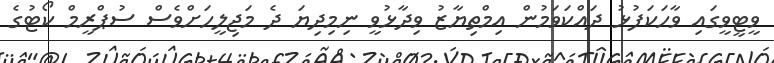
ވީޓީވީގައި ވާހަކަފުޅު ދައްކަވަމުން އިމްތިޔާޒު ވިދާޅުވީ ނިމިދިޔަ ދެ މަޖިލީހަށްވެސް ސުޕްރީމް ކޯޓުގެ